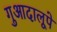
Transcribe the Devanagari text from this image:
गुआदालूपे